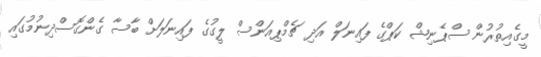
މީގެއިތުރުން ސްޕެނިޝް ކަޕްގެ ފައިނަލް އަދި ޗެމްޕިއަންސް ލީގުގެ ފައިނަލަށް ބާސާ ގެންގޮސްދިނުމުގައި